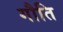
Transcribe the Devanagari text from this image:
गौति